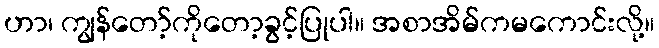
ဟာ၊ ကျွန်တော့်ကိုတော့ခွင့်ပြုပါ။ အစာအိမ်ကမကောင်းလို့။